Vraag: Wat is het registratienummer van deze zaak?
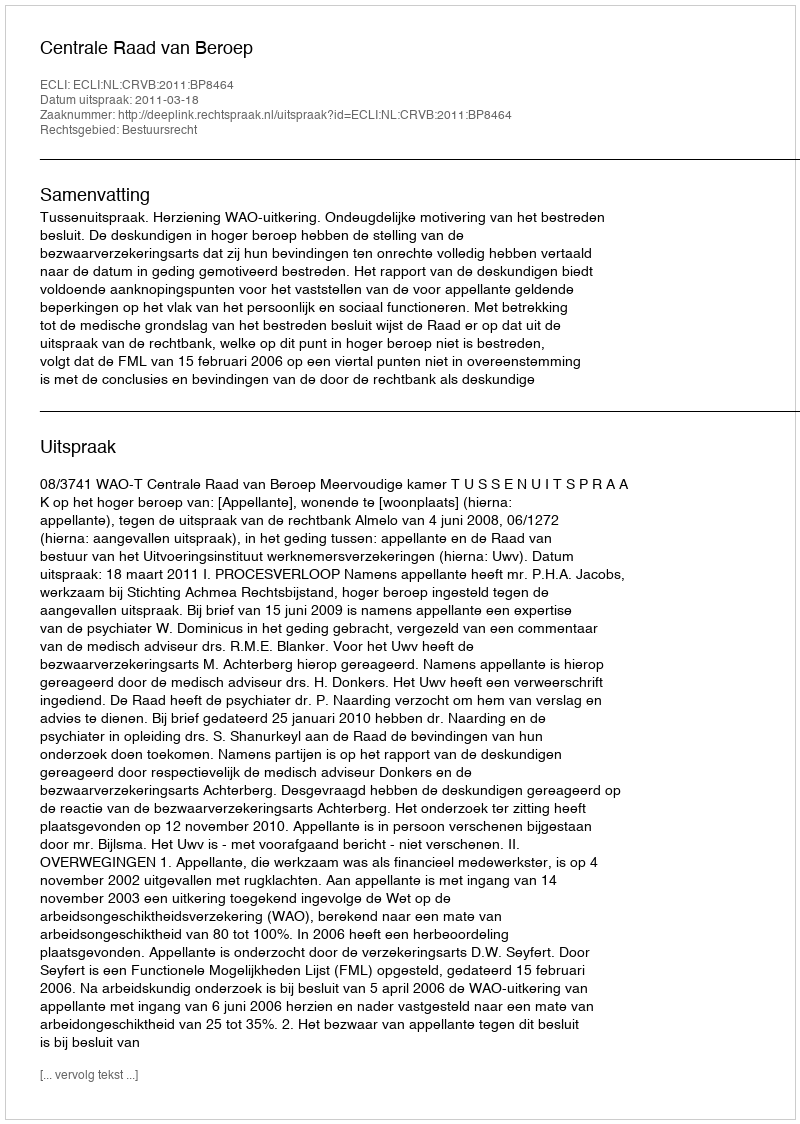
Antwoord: http://deeplink.rechtspraak.nl/uitspraak?id=ECLI:NL:CRVB:2011:BP8464